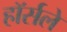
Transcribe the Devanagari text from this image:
हॉर्सले